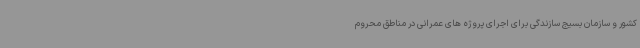
کشور و سازمان بسیج سازندگی برای اجرای پروژه های عمرانی در مناطق محروم